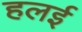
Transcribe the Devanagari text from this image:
हलई